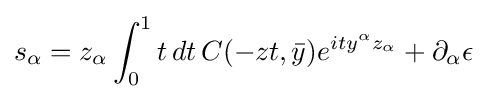
s_{\alpha }=z_{\alpha }\int _{0}^{1}t\,dt\,C(-zt,{\bar {y}})e^{ity^{\alpha }z_{\alpha }}+\partial _{\alpha }\epsilon